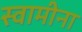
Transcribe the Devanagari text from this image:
स्वामीना